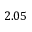
2 . 0 5